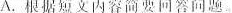
A.根据短文内容简要回答问题。